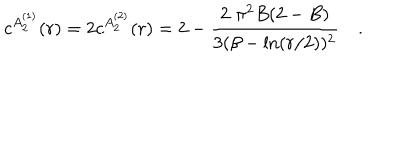
LaTeX: c ^ { A _ { 2 } ^ { ( 1 ) } } ( r ) = 2 c ^ { A _ { 2 } ^ { ( 2 ) } } ( r ) = 2 - \frac { 2 \, \, \pi ^ { 2 } B ( 2 - B ) } { 3 ( \beta - \ln ( r / 2 ) ) ^ { 2 } } \quad .